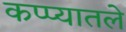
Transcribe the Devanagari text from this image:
कप्प्यातले